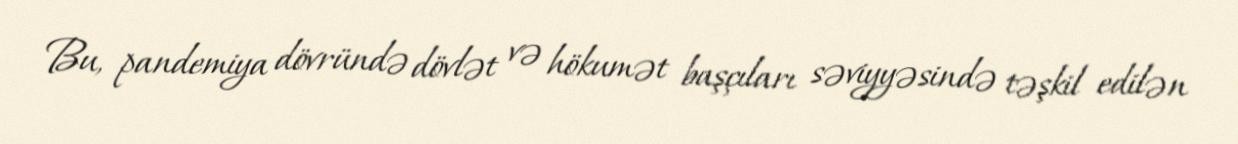
Bu, pandemiya dövründə dövlət və hökumət başçıları səviyyəsində təşkil edilən